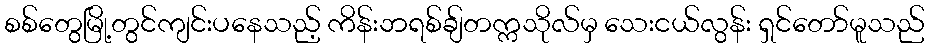
စစ်တွေမြို့တွင်ကျင်းပနေသည့် ကိန်းဘရစ်ချ်တက္ကသိုလ်မှ သေးငယ်လွန်း ရှင်တော်မူသည်